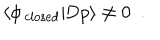
\langle \phi _ { \mathrm { \, c l o s e d } } | \mathrm { D } p \rangle \not = 0 ~ ~ .